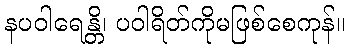
နပဝါရေန္တိ၊ ပဝါရိတ်ကိုမဖြစ်စေကုန်။